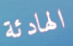
الهادئة